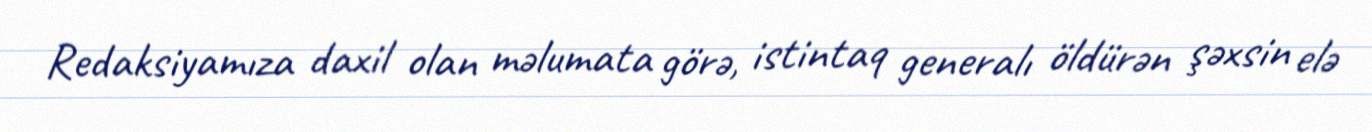
Redaksiyamıza daxil olan məlumata görə, istintaq generalı öldürən şəxsin elə